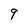
Character: 9